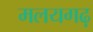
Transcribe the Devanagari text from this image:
मलयगढ़